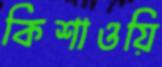
কিশাওয়ি